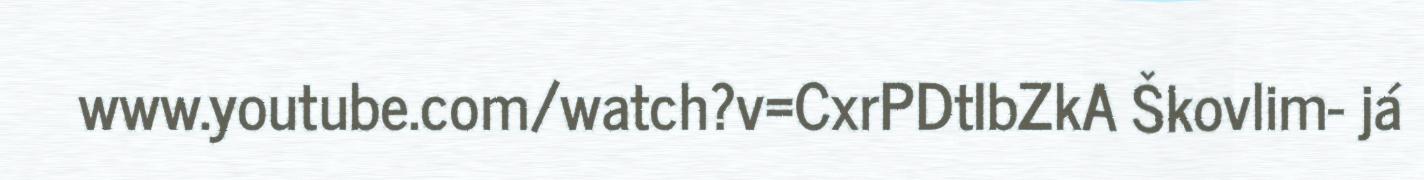
www.youtube.com/watch?v=CxrPDtIbZkA Škovlim- já